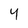
Character: 4